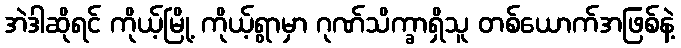
အဲဒါဆိုရင် ကိုယ့်မြို့ ကိုယ့်ရွာမှာ ဂုဏ်သိက္ခာရှိသူ တစ်ယောက်အဖြစ်နဲ့